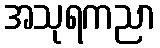
အသုရကညာ